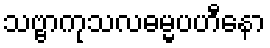
သဗ္ဗာကုသလဓမ္မပဟီနော